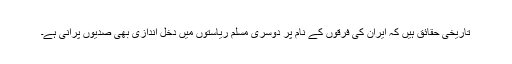
تاریخی حقائق ہیں کہ ایران کی فرقوں کے نام پر دوسری مسلم ریاستوں میں دخل اندازی بھی صدیوں پرانی ہے۔